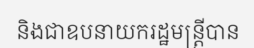
និងជាឧបនាយករដ្ឋមន្ត្រីបាន